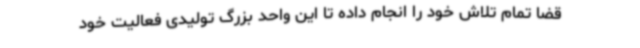
قضا تمام تلاش خود را انجام داده تا این واحد بزرگ تولیدی فعالیت خود